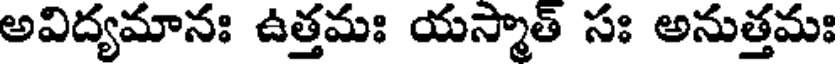
అవిద్యమానః ఉత్తమః యస్మాత్ సః అనుత్తమః